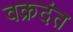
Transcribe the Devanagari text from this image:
वक्रदंत